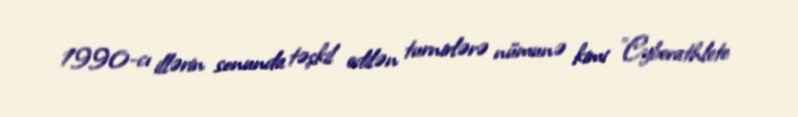
1990-cı illərin sonunda təşkil edilən turnirlərə nümunə kimi "Cyberathlete